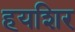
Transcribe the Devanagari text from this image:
हयशिर